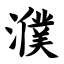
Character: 濮